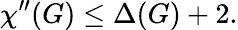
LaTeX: \chi^{\prime\prime}(G)\leq\Delta(G)+2.